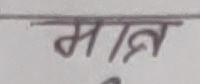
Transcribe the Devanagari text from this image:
मात्र